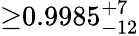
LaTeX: {\geq}0.9985_{-12}^{+7}